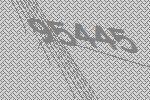
95445